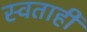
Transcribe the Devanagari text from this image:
स्वताही